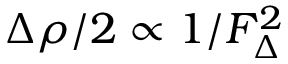
\Delta \rho / 2 \propto 1 / F _ { \Delta } ^ { 2 }